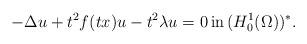
LaTeX: \begin{align*}-\Delta u+t^2f(tx)u-t^2\lambda u=0 \,\hbox{in}\, (H^1_0(\Omega))^*.\end{align*}